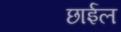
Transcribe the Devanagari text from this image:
छार्इल